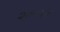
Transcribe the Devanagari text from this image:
२००९न